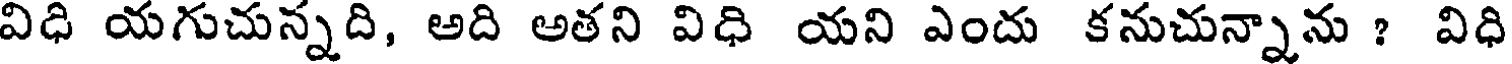
విధి యగుచున్నది, అది అతని విధి యని ఎందు కనుచున్నాను ? విధి